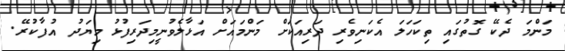
މަންމަ ދެކޭ ގޮތުގައި ތިކަހަލަ އެކަނިވެރި ދަރިއަކަށް މަންމައަށް އަޅާލެވުނީމިދަރިފުޅު މިޔަދު އުފާކުރޭ.